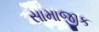
સામાજીક